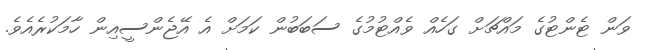
ވަން ޓެންޓުގެ މައްޗަށް ގަހެއް ވެއްޓުމުގެ ސަބަބުން ކަމަށް އެ އޭޖެންސީއިން ހާމަކުރެއެވެ.